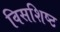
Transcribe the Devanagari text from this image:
विसशिष्ट